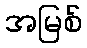
အမြစ်